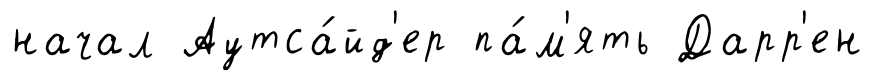
начал Аутса́йд'ер па́м'ять Дарр'ен